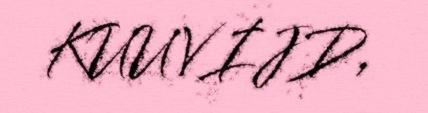
KUUVIJD,